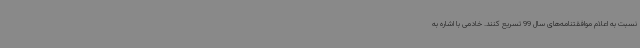
نسبت به اعلام موافقتنامه‌های سال 99 تسریع کنند. خادمی با اشاره به